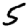
Digit: 5